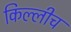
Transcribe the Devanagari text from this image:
किल्लीच